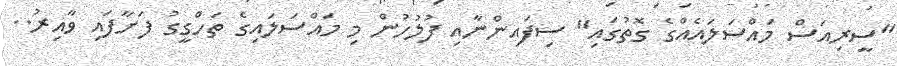
"ސީރިއަސް މައްސަލައެއްގެ ގޮތުގައި" ސިފައިންނާއި ފުލުހުން މި މައްސަލައިގެ ތަހްގީގު ފަށާފައި ވާއިރު..